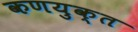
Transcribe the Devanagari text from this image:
कणयुक्त